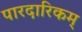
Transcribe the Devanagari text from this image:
पारदारिकम्